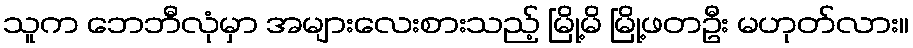
သူက ဘေဘီလုံမှာ အများလေးစားသည့် မြို့မိ မြို့ဖတဦး မဟုတ်လား။